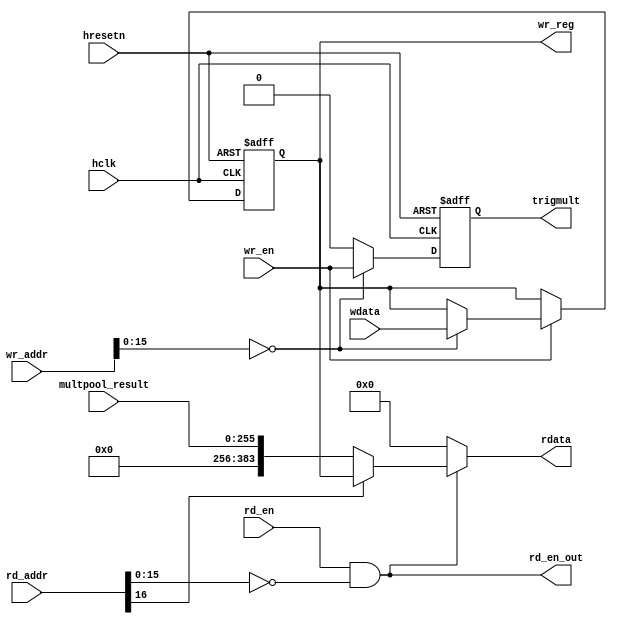
module multpool_rd_wr #(
parameter NBITS = 128,
parameter RESET_VAL = {3*NBITS{'b0}},
parameter CFG_ADDR = 16'd0) (
  input                       hclk,
  input                       hresetn,
  input                       wr_en,
  input                       rd_en,
  output                      rd_en_out,
  input       [31:0]          wr_addr,
  input       [31:0]          rd_addr,
  input       [3*NBITS-1:0]   wdata,
  input       [2*NBITS-1:0]   multpool_result,
  output reg  [3*NBITS-1:0]   wr_reg,
  output      [3*NBITS-1:0]   rdata,
  output wire                 trigmult
);

  reg  wr_en_loc;
  wire rd_en_loc;

  always @ (posedge hclk or negedge hresetn) begin
    if (hresetn == 1'b0) begin
      wr_reg  <= RESET_VAL;
    end
    else begin
      if (wr_en == 1'b1) begin
        if (wr_addr[15:0] == CFG_ADDR) begin
          wr_reg <= wdata;
        end
      end
    end
  end

  assign rd_en_loc = rd_en & (rd_addr[15:0] == CFG_ADDR);
  assign rdata     = rd_en_loc ? (rd_addr[16] ? wr_reg : {{NBITS{1'b0}}, multpool_result}) : {3*NBITS{1'b0}};


  always @ (posedge hclk or negedge hresetn) begin
    if (hresetn == 1'b0) begin
      wr_en_loc <= 1'b0;
    end
    else begin
      if (wr_addr[15:0] == CFG_ADDR) begin
        wr_en_loc <= wr_en;
      end
      else begin
        wr_en_loc <= 1'b0;
      end
    end
  end

assign trigmult  = wr_en_loc;
assign rd_en_out = rd_en_loc;

endmodule